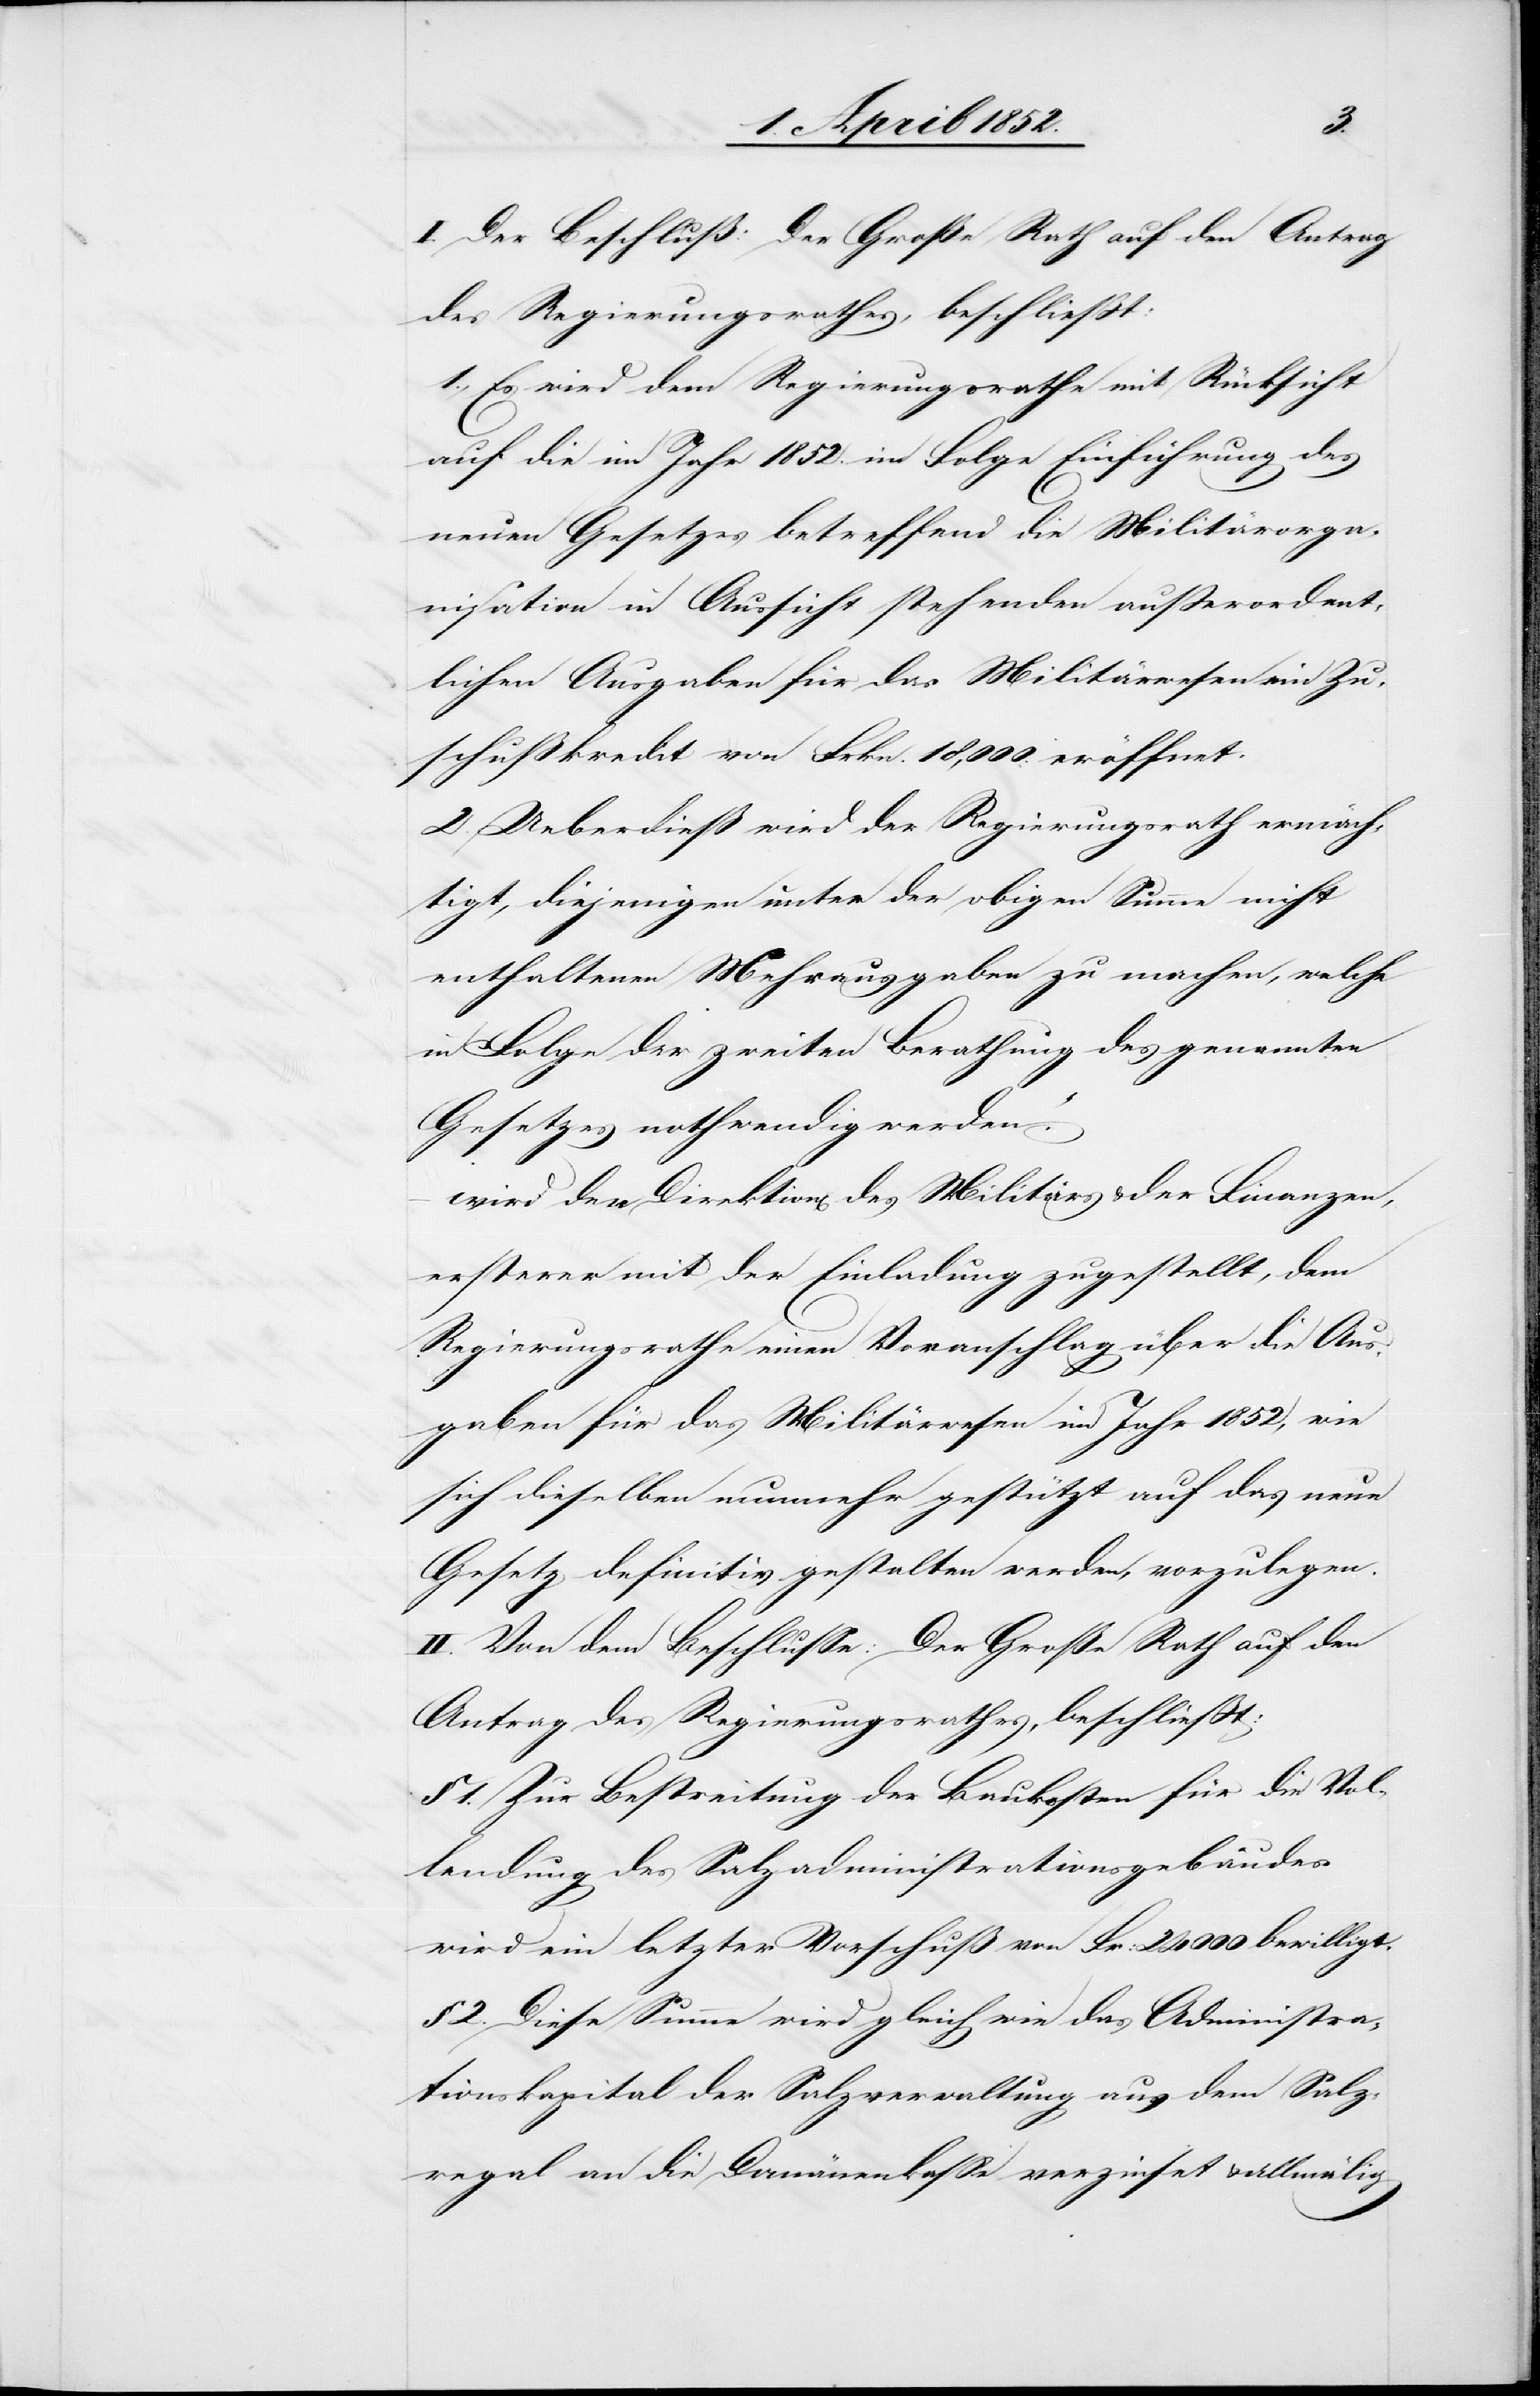
I. Der Beschluß: [„]Der Große Rath auf den Antrag
des Regierungsrathes, beschliesst:
1., Es wird dem Regierungsrathe mit Rücksicht
auf die im Jahr 1852. in Folge Einführung des
neuen Gesetzes betreffend die Militärorga¬
nisation in Aussicht stehenden ausserordent¬
lichen Ausgaben für das Militärwesen ein Zu¬
schußkredit von Frkn. 18,000. eröffnet.
2. Ueberdieß wird der Regierungsrath ermäch¬
tigt, diejenigen unter der obigen Summe nicht
enthaltenen Mehrausgaben zu machen, welche
in Folge der zweiten Berathung des genannten
Gesetzes nothwendig werden.“
wird den Direktion[en] des Militärs & der Finanzen,
ersterer mit der Einladung zugestellt, dem
Regierungsrathe einen Voranschlag über die Aus¬
gaben für das Militärwesen im Jahr 1852, wie
sich dieselben nunmehr gestützt auf das neue
Gesetz definitiv gestalten werden, vorzulegen.
II. Von dem Beschlusse: Der Große Rath auf den
Antrag des Regierungsrathes, beschliesst:
§ 1. Zur Bestreitung der Baukosten für die Vol¬
lendung des Salzadministrationsgebäudes
wird ein letzter Vorschuß von Fr: 24 000 bewilligt.
§ 2. Diese Summe wird gleich wie das Administra¬
tionskapital der Salzverwaltung aus dem Salz¬
regal an die Domänenkasse verzinset & allmälig